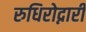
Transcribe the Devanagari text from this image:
रुधिरोद्नारी